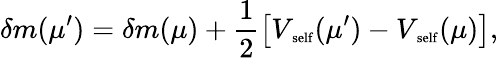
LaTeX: \delta m(\mu^{\prime})=\delta m(\mu)+\frac{1}{2}\left[V_{\mathrm{\scriptsize~self}}(\mu^{\prime})-V_{\mathrm{\scriptsize~self}}(\mu)\right],